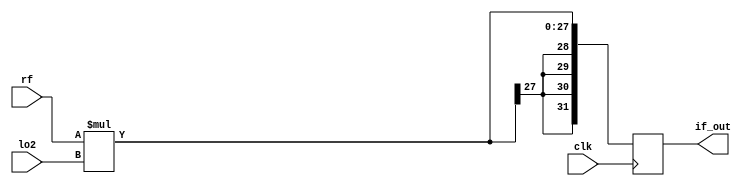
`timescale 1ns / 1ps
//////////////////////////////////////////////////////////////////////////////////
// Company: 
// Engineer: 
// 
// Design Name: 
// Module Name: mixer
// Project Name: 
// Target Devices: 
// Tool Versions: 
// Description: 
// 
// Dependencies: 
// 
// Revision:
// Revision 0.01 - File Created
// Additional Comments:
// 
//////////////////////////////////////////////////////////////////////////////////


module mixer
    #(parameter RF_WIDTH = 14,
      parameter LO_WIDTH = 14,
      parameter IF_WIDTH = 32)
    (
    input clk,
    input wire signed [RF_WIDTH-1 : 0] rf,
    input wire signed [LO_WIDTH-1 : 0] lo2,
    output wire signed [IF_WIDTH-1 : 0] if_out
    );
    
    //reg [RF_WIDTH+LO_WIDTH-1 : 0] pipe [1:0];
    reg signed [RF_WIDTH-1 : 0] a;
    reg signed [LO_WIDTH-1 : 0] b;
    //reg [IF_WIDTH-1 : 0] non_rounded,rounded;
    
    reg signed [31 : 0] m;
    
    
    always @(posedge clk) begin
        a <= rf;
        b <= lo2;
        //m <= a*b;
        m = rf*lo2;
    end

    assign if_out = m;

endmodule